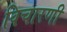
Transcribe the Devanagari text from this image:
विचारणी